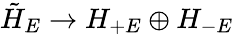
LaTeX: \tilde{H}_{E}\rightarrow H_{+E}\oplus H_{-E}